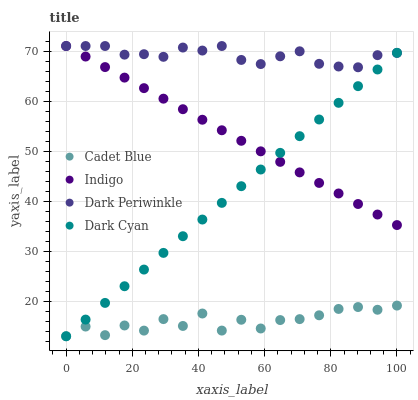
| xaxis_label | Cadet Blue | Indigo | Dark Periwinkle | Dark Cyan |
 | --- | --- | --- | --- | --- |
 | 0 | 13 | 71 | 71 | 13 |
 | 5.88 | 14.9 | 68.9 | 71 | 16.3 |
 | 11.8 | 13.2 | 66.8 | 71 | 19.7 |
 | 17.6 | 15.2 | 64.7 | 69.3 | 23 |
 | 23.5 | 14.1 | 62.6 | 69.4 | 26.3 |
 | 29.4 | 16.4 | 60.5 | 68.8 | 29.7 |
 | 35.3 | 15.1 | 58.4 | 70.7 | 33 |
 | 41.2 | 17.5 | 56.3 | 70.1 | 36.3 |
 | 47.1 | 14.1 | 54.2 | 71 | 39.7 |
 | 52.9 | 16.3 | 52.1 | 68.2 | 43 |
 | 58.8 | 14.6 | 50 | 67.4 | 46.3 |
 | 64.7 | 16.2 | 47.8 | 68.9 | 49.7 |
 | 70.6 | 16.4 | 45.7 | 69.9 | 53 |
 | 76.5 | 17.2 | 43.6 | 67.4 | 56.3 |
 | 82.4 | 18.5 | 41.5 | 66.9 | 59.6 |
 | 88.2 | 18.8 | 39.4 | 66.7 | 63 |
 | 94.1 | 18.3 | 37.3 | 69.2 | 66.3 |
 | 100 | 19.1 | 35.2 | 69.6 | 69.6 |